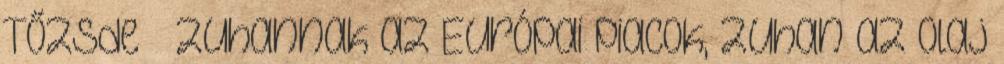
Tőzsde – Zuhannak az Európai piacok, zuhan az olaj